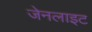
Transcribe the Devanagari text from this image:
जेनलाइट